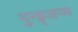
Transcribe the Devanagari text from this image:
पुन्ह्र्जन्म